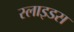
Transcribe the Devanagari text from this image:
स्‍लाइडस